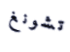
تشونغ